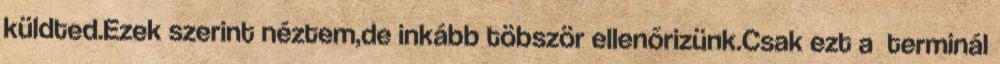
küldted.Ezek szerint néztem,de inkább töbször ellenőrizünk.Csak ezt a terminál